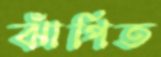
ঝাঁপিত